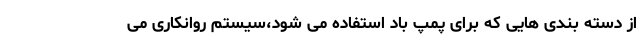
از دسته بندی هایی که برای پمپ باد استفاده می شود،سیستم روانکاری می